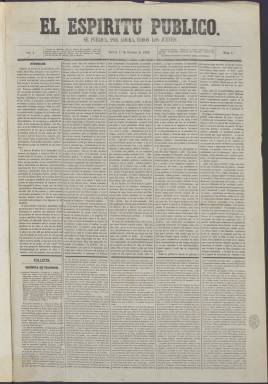
Título: El Espíritu público
Colección: Periódicos
Ámbito geográfico: Madrid
Lugar de publicación: Madrid
Fechas: 01/10/1863-23/02/1867